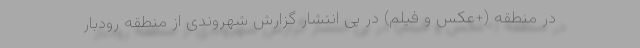
در منطقه (+عکس و فیلم) در پی انتشار گزارش شهروندی از منطقه رودبار